Annual administration and progress report of the Indian Medical Department, Bombay
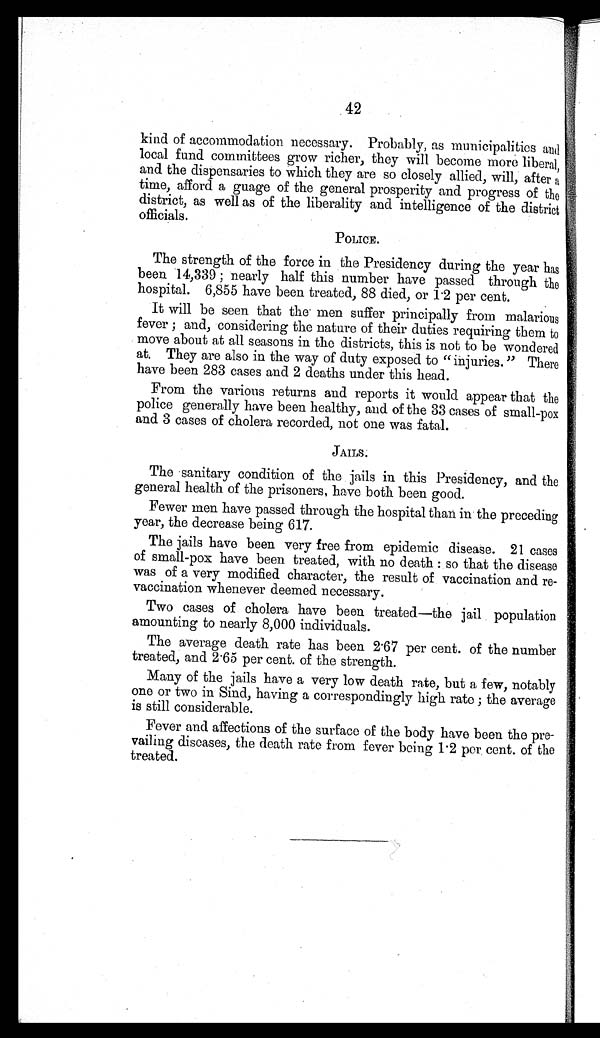
42
kind of accommodation necessary. Probably, as municipalities and
local fund committees grow richer, they will become more liberal,
and the dispensaries to which they are so closely allied, will, after a
time, afford a guage of the general prosperity and progress of the
district, as well as of the liberality and intelligence of the district
officials.
POLICE.
The strength of the force in the Presidency during the year has
been 14,339 ; nearly half this number have passed through the
hospital. 6,855 have been treated, 88 died, or 1.2 per cent.
It will be seen that the men suffer principally from malarious
fever ; and, considering the nature of their duties requiring them to
move about at all seasons in the districts, this is not to be wondered
at. They are also in the way of duty exposed to "injuries. " There
have been 283 cases and 2 deaths under this head.
From the various returns and reports it would appear that the
police generally have been healthy, and of the 33 cases of small-pox
and 3 cases of cholera recorded, not one was fatal.
JAILS.
The sanitary condition of the jails in this Presidency, and the
general health of the prisoners, have both been good.
Fewer men have passed through the hospital than in the preceding
year, the decrease being 617.
The jails have been very free from epidemic disease. 21 cases
of small-pox have been treated, with no death : so that the disease
was of a very modified character, the result of vaccination and re-
vaccination whenever deemed necessary.
Two cases of cholera have been treated—the jail population
amounting to nearly 8,000 individuals.
The average death rate has been 2.67 per cent. of the number
treated, and 2.65 per cent. of the strength.
Many of the jails have a very low death rate, but a few, notably
one or two in Sind, having a correspondingly high rate ; the average
is still considerable.
Fever and affections of the surface of the body have been the pre-
vailing diseases, the death rate from fever being 1.2 per cent. of the
treated.